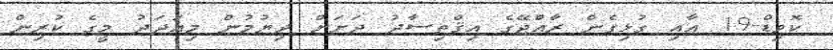
ކޮވިޑް-19 އާއި ގުޅިގެން ރާއްޖޭގެ އިޤްތިސާދު ދަށަށް ދިޔުމުން މިއަދަދު މީގެ ކުރިން